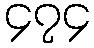
၄၇၄